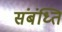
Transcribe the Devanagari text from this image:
संबंध्ति